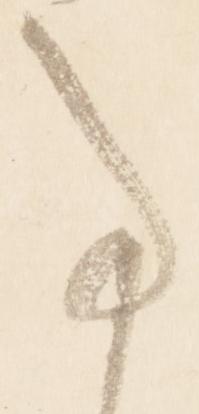
亊